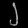
Digit: ၂